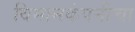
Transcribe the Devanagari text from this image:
विमानकंपनीचा